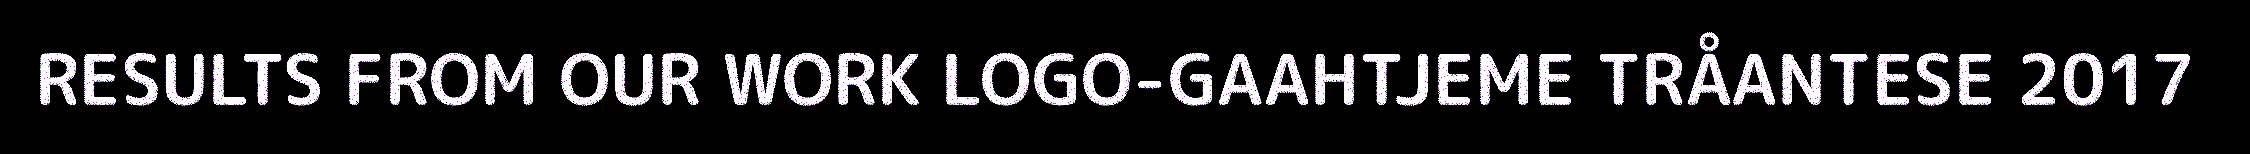
RESULTS FROM OUR WORK LOGO-GAAHTJEME TRÅANTESE 2017